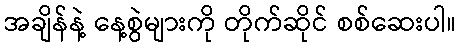
အချိန်နဲ့ နေ့စွဲများကို တိုက်ဆိုင် စစ်ဆေးပါ။